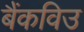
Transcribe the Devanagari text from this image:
बैंकविउ